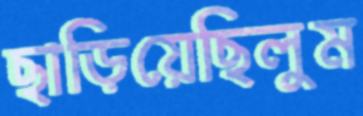
ছাড়িয়েছিলুম